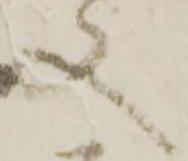
又